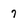
Character: 7